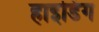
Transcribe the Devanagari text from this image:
हाइडिंग